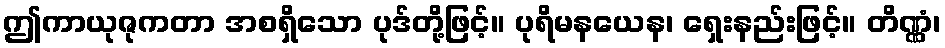
ဤကာယုဇုကတာ အစရှိသော ပုဒ်တို့ဖြင့်။ ပုရိမနယေန၊ ရှေးနည်းဖြင့်။ တိဏ္ဏံ၊